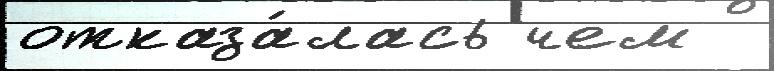
отказа́лась чем